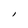
Character: I